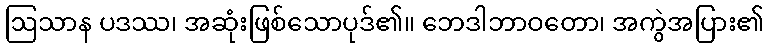
ဩသာန ပဒဿ၊ အဆုံးဖြစ်သောပုဒ်၏။ ဘေဒါဘာဝတော၊ အကွဲအပြား၏